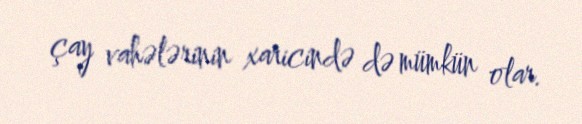
çay vahələrinin xaricində də mümkün olar.